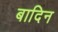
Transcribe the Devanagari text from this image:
बादिन